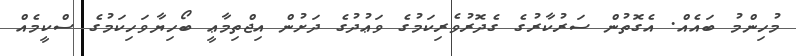
މުހިންމު ބައެއް. އެގޮތުން ސަރުކާރުގެ ގެދޮރުވެރިކަމުގެ ވަޢުދުގެ ދަށުން އިޖްތިމާޢީ ބޯހިޔާވަހިކަމުގެ ސްކީމެއް